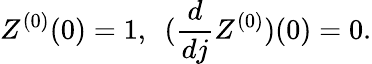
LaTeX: Z^{(0)}(0)=1,~~(\frac{d}{dj}Z^{(0)})(0)=0.